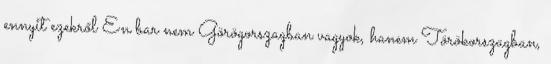
ennyit ezekről En bar nem Görögorszagban vagyok, hanem Törökorszagban,